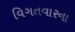
વિગતવારના